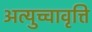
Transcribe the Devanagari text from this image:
अत्युच्चावृत्ति